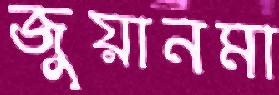
জুয়ানমা